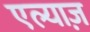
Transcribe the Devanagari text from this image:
एल्याज़